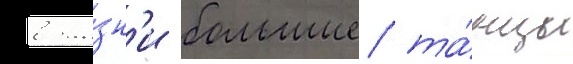
в жи́зн'и большие та́нцы